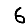
Digit: 6